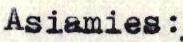
Asiamies: